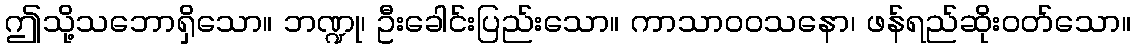
ဤသို့သဘောရှိသော။ ဘဏ္ဍု၊ ဦးခေါင်းပြည်းသော။ ကာသာဝဝသနော၊ ဖန်ရည်ဆိုးဝတ်သော။